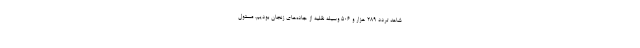
شاهد تردد ۲۸۹ هزار و ۵۰۶ وسیله نقلیه از جاده‌های زنجان بودیم. مسئول